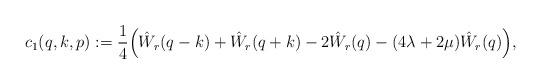
LaTeX: \begin{align*}c_1(q,k,p) := \frac{1}{4}\Big(\hat W_r(q-k)+ \hat W_r(q+k) - 2\hat W_r(q) - (4\lambda+2\mu) \hat W_r(q)\Big),\end{align*}